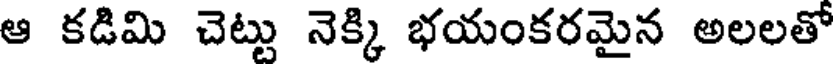
ఆ కడిమి చెట్టు నెక్కి భయంకరమైన అలలతో